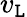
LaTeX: v_{\mathtt{L}}